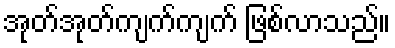
အုတ်အုတ်ကျက်ကျက် ဖြစ်လာသည်။